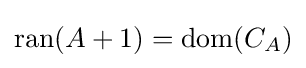
\operatorname {ran} (A+1)=\operatorname {dom} (C_{A})